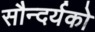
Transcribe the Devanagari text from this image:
सौन्दर्यको